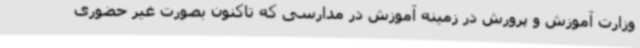
وزارت آموزش و پرورش در زمینه آموزش در مدارسی که تاکنون بصورت غیر حضوری